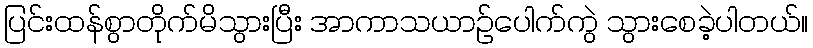
ပြင်းထန်စွာတိုက်မိသွားပြီး အာကာသယာဉ်ပေါက်ကွဲ သွားစေခဲ့ပါတယ်။